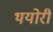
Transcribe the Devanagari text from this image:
थयोरी